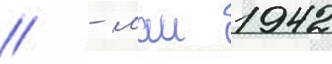
// - маи 1942